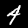
Label: 4